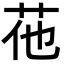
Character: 𦭟